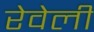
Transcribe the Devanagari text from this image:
रेवेली